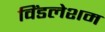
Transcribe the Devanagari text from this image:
विंडलेशम